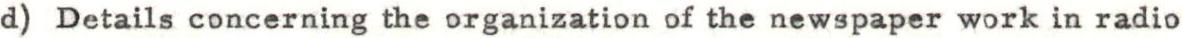
d) Details concerning the organization of the newspaper work in radio